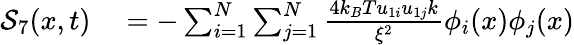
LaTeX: \begin{array}{rl}{\mathcal{S}_{7}(x,t)}&{{}=-\sum_{i=1}^{N}\sum_{j=1}^{N}\frac{4k_{B}Tu_{1i}u_{1j}k}{\xi^{2}}\phi_{i}(x)\phi_{j}(x)}\end{array}